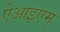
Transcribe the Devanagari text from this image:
ऐआइएम्